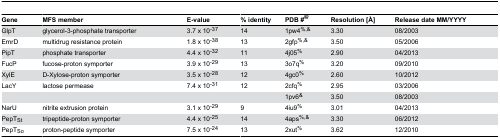
<table><thead><tr><td><b>Gene</b></td><td><b>MFS member</b></td><td><b>E-value</b></td><td><b>% identity</b></td><td><b>PDB #<sup>@</sup></b></td><td><b>Resolution [Å]</b></td><td><b>Release date MM/YYYY</b></td></tr></thead><tbody><tr><td>GlpT</td><td>glycerol-3-phosphate transporter</td><td>3.7 x 10<sup>-37</sup></td><td>14</td><td>1pw4<sup>%,&amp;</sup></td><td>3.30</td><td>08/2003</td></tr><tr><td>EmrD</td><td>multidrug resistance protein</td><td>1.8 x 10<sup>-38</sup></td><td>13</td><td>2gfp<sup>%,&amp;</sup></td><td>3.50</td><td>05/2006</td></tr><tr><td>PipT</td><td>phosphate transporter</td><td>4.4 x 10<sup>-32</sup></td><td>11</td><td>4j05<sup>%</sup></td><td>2.90</td><td>04/2013</td></tr><tr><td>FucP</td><td>fucose-proton symporter</td><td>3.9 x 10<sup>-29</sup></td><td>13</td><td>3o7q<sup>%</sup></td><td>3.20</td><td>09/2010</td></tr><tr><td>XylE</td><td>D-Xylose-proton symporter</td><td>3.5 x 10<sup>-28</sup></td><td>12</td><td>4gc0<sup>%</sup></td><td>2.60</td><td>10/2012</td></tr><tr><td>LacY</td><td>lactose permease</td><td>7.4 x 10<sup>-31</sup></td><td>12</td><td>2cfq<sup>%</sup></td><td>2.95</td><td>03/2006</td></tr><tr><td></td><td></td><td></td><td></td><td>1pv6<sup>&amp;</sup></td><td>3.50</td><td>08/2003</td></tr><tr><td>NarU</td><td>nitrite extrusion protein</td><td>3.1 x 10<sup>-29</sup></td><td>9</td><td>4iu9<sup>%</sup></td><td>3.01</td><td>04/2013</td></tr><tr><td>PepT<sub>St</sub></td><td>tripeptide-proton symporter</td><td>4.4 x 10<sup>-25</sup></td><td>14</td><td>4aps<sup>%,&amp;</sup></td><td>3.30</td><td>06/2012</td></tr><tr><td>PepT<sub>So</sub></td><td>proton-peptide symporter</td><td>7.5 x 10<sup>-24</sup></td><td>13</td><td>2xut<sup>%</sup></td><td>3.62</td><td>12/2010</td></tr></tbody></table>